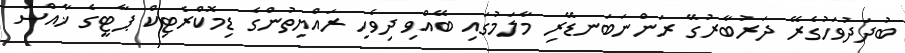
ބުދަދުވަހުގެރޭ ދަރުބާރުގޭ ރަންނަބަނޑޭރި މާލަމުގައި ބޭއްވި ދިވެހި ރައްޔިތުންގެ ޑިމޮކްރެޓިކް ޕާޓީގެ ޚާއްސަ